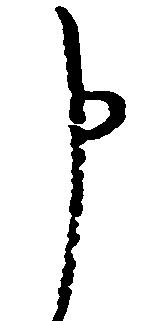
申